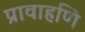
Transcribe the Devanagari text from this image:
प्रावाहणि